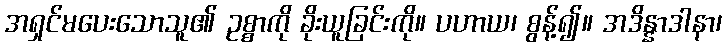
အရှင်မပေးသောသူ၏ ဥစ္စာကို ခိုးယူခြင်းကို။ ပဟာယ၊ စွန့်၍။ အဒိန္နာဒါနာ၊